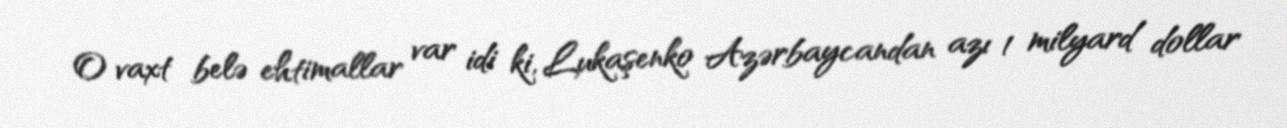
O vaxt belə ehtimallar var idi ki, Lukaşenko Azərbaycandan azı 1 milyard dollar